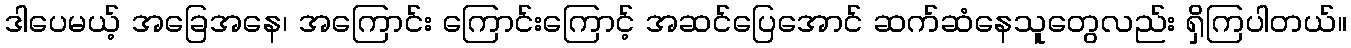
ဒါပေမယ့် အခြေအနေ၊ အကြောင်း ကြောင်းကြောင့် အဆင်ပြေအောင် ဆက်ဆံနေသူတွေလည်း ရှိကြပါတယ်။